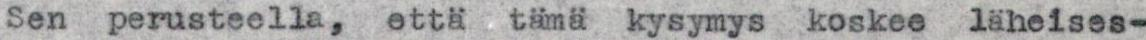
Sen perusteella,  etta tämä kysymys koskee läheises-